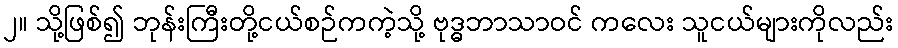
၂။ သို့ဖြစ်၍ ဘုန်းကြီးတို့ငယ်စဉ်ကကဲ့သို့ ဗုဒ္ဓဘာသာဝင် ကလေး သူငယ်များကိုလည်း